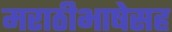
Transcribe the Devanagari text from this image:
मराठीभाषेसह